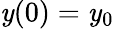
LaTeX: \mathit{y}(0)=\mathit{y}_{0}